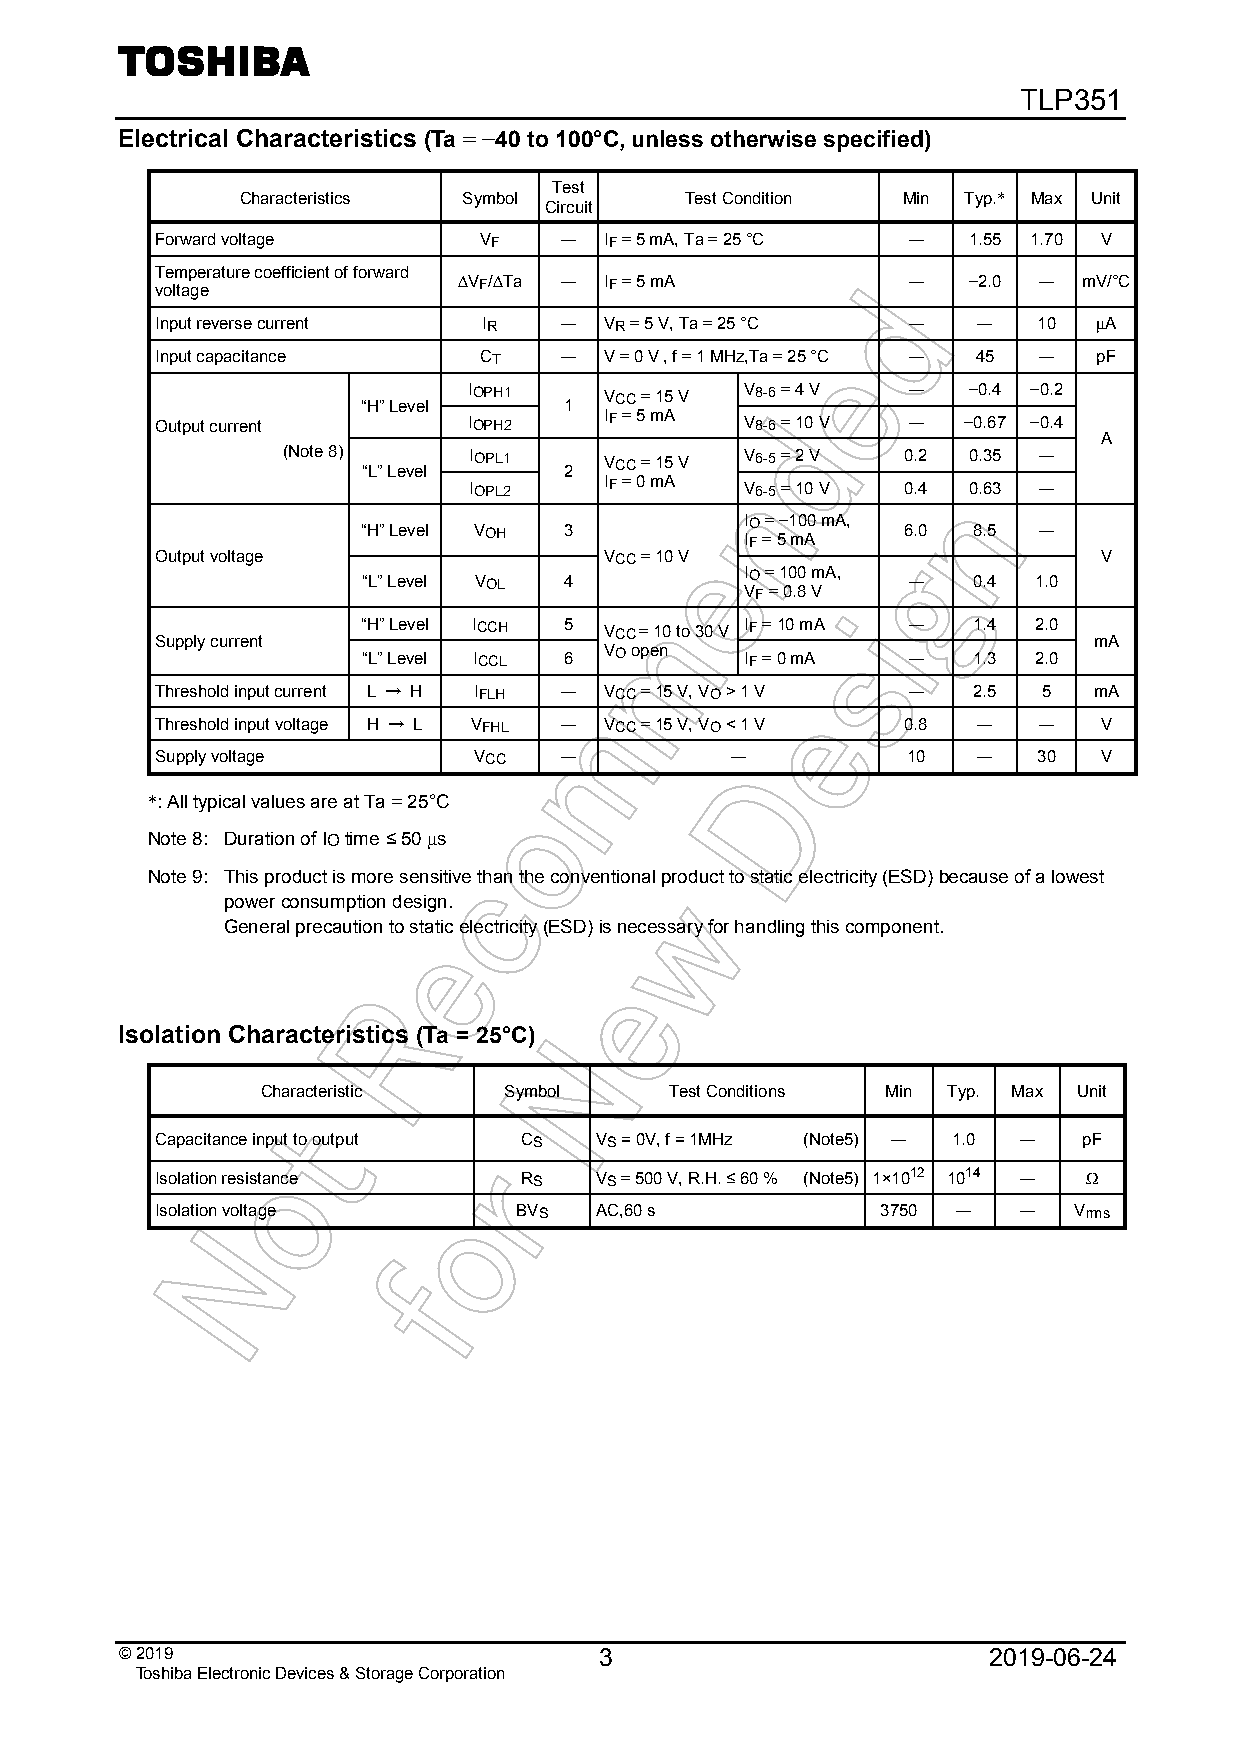
TLP351
 Electrical Characteristics (Ta = −40 to 100°C, unless otherwise specified)
 Test
 Characteristics Symbol       Test Condition Min Typ.* Max Unit
 Circuit
 Forward voltage       VF   ―  IF = 5 mA, Ta = 25 °C ― 1.55 1.70 V
 Temperature coefficient of forward
 voltage
 ∆VF/∆Ta ― IF = 5 mA           ―   −2.0 ―  mV/°C
 Input reverse current IR   ―  VR = 5 V, Ta = 25 °C ―   ―   10  μA
 Input capacitance     CT   ―  V = 0 V , f = 1 MHz,Ta = 25 °C ― 45 ― pF
 “H” Level
 IOPH1
 1
 VCC = 15 V
 V8-6 = 4 V ―   −0.4 −0.2
 Output current       IOPH2
 IF = 5 mA
 V8-6 = 10 V ―  −0.67 −0.4
 A
 (Note 8)
 “L” Level
 IOPL1
 2
 VCC = 15 V
 V6-5 = 2 V 0.2 0.35 ―
 IOPL2
 IF = 0 mA
 V6-5 = 10 V 0.4 0.63 ―
 “H” Level VOH 3
 IIO
 F
 == 5− 1 m0 A0 mA,
 6.0 8.5  ―
 Output voltage                VCC = 10 V                       V
 “L” Level VOL 4          I VO
 F
 =
 =
 1 00 .80 Vm A, ― 0.4 1.0
 Supply current
 “H” Level ICCH 5
 VCC = 10 to 30 V
 IF = 10 mA ―   1.4 2.0
 mA
 “L” Level ICCL 6
 VO open
 IF = 0 mA  ―   1.3 2.0
 Threshold input current L → H IFLH ― VCC = 15 V, VO > 1 V ― 2.5 5 mA
 Threshold input voltage H → L VFHL ― VCC = 15 V, VO < 1 V 0.8 ― ― V
 Supply voltage       VCC   ―          ―           10   ―   30  V
 *: All typical values are at Ta = 25°C
 Note 8: Duration of IO time ≤ 50 μs
 Note 9: This product is more sensitive than the conventional product to static electricity (ESD) because of a lowest
 power consumption design.
 General precaution to static electricity (ESD) is necessary for handling this component.
 Isolation Characteristics (Ta = 25°C)
 Characteristic  Symbol     Test Conditions Min Typ. Max Unit
 Capacitance input to output CS VS = 0V, f = 1MHz (Note5) ― 1.0 ― pF
 Isolation resistance    RS   VS = 500 V, R.H. ≤ 60 % (Note5) 1×1012 1014 ― Ω
 Isolation voltage       BVS  AC,60 s            3750 ―   ―   Vrms
 © 20 19                         3                        2019-06-24
 Toshiba Electronic Devices & Storage Corporation